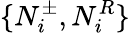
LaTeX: \{ N_{i}^{\pm},N_{i}^{R}\}